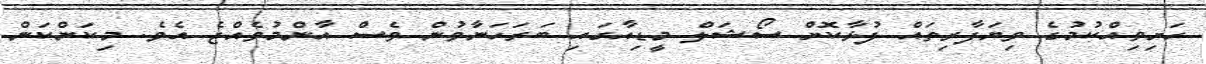
ހަށިވިއްކުމުގެ ވިޔަފާރިތައް ފުޅާކޮށް ސޯޝަލް މީޑިއާގައި ބަރަހަނާވުން ވެސް އާންމުވެއްޖެ އެވެ. މިކަންކަން